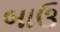
બાઉ